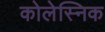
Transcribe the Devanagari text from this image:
कोलेस्निक